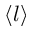
\langle l \rangle